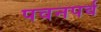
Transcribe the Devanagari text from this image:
पवनपर्व